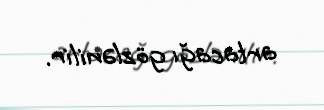
artacağı gözlənilir.